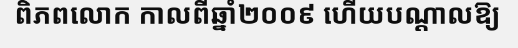
ពិភពលោក កាលពីឆ្នាំ២០០៩ ហើយបណ្តាលឱ្យ